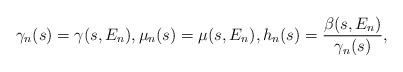
LaTeX: \begin{align*} \gamma_n(s)=\gamma(s,E_n),\mu_n(s)=\mu(s,E_n),h_n(s)=\frac{\beta(s,E_n)}{\gamma_n(s)},\end{align*}